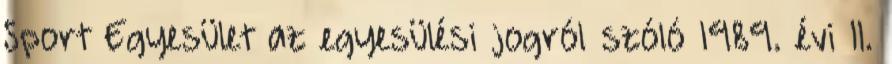
Sport Egyesület az egyesülési jogról szóló 1989. évi II.